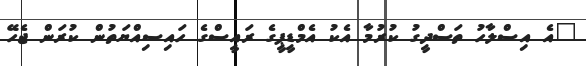
"އެ އިސްލާހު ތަސްދީގު ކުރުމާ އެކު އެމްޑީޕީގެ ރައީސްގެ ހައިސިއްޔަތުން ކުރަން ޖެހޭ